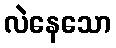
လဲနေသော